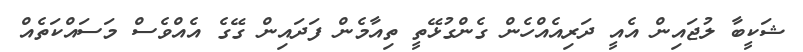
ޝަކީބާ ލުޖައިން އެއީ ދަރިއެއްހެން ގެންގުޅޭތީ ތިއާމެން ފަދައިން ގޭގެ އެއްވެސް މަސައްކަތެއް